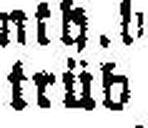
trüb